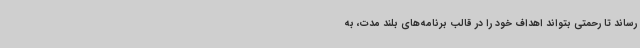
رساند تا رحمتی بتواند اهداف خود را در قالب برنامه‌های بلند مدت، به